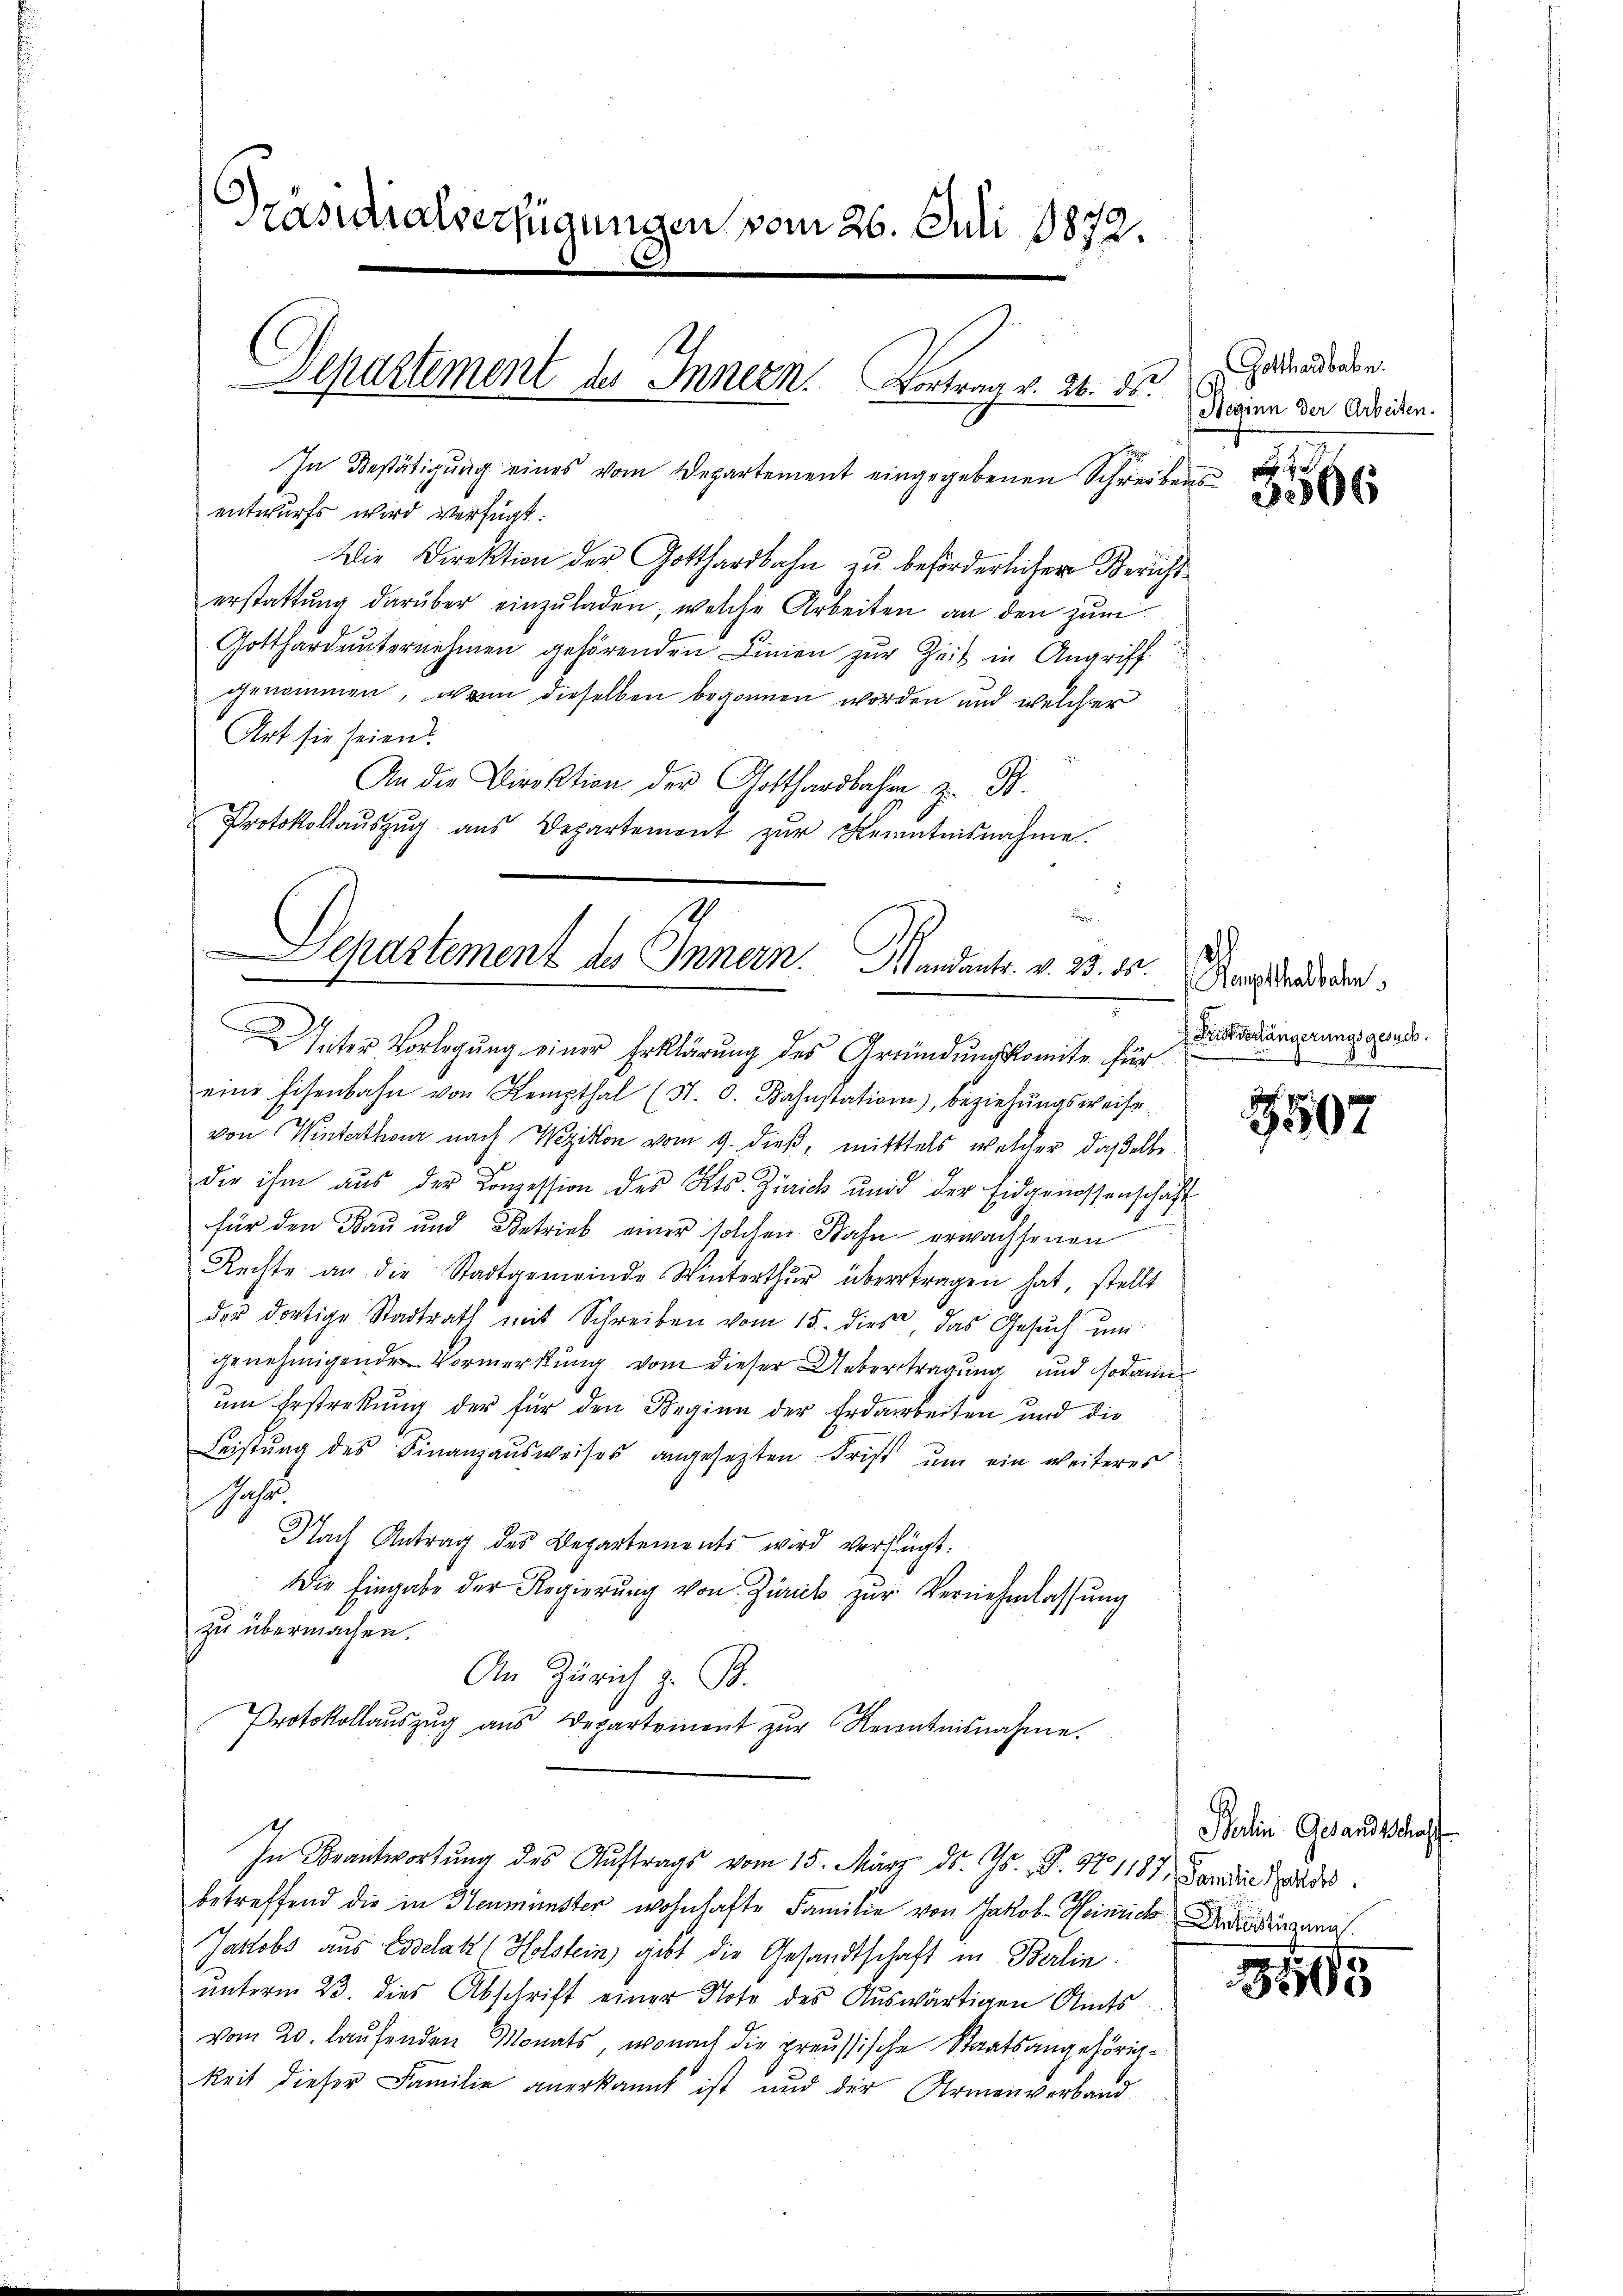
Präsidialverfügungen vom 26. Juli 1872.
In Bestätigung eines vom Departement eingegebenen Schreibens
entwurfs wird verfügt:
Die Direktion der Gotthardbahn zu beförderlicher Bericht
erstattŭng darüber einzŭladen, welche Arbeiten an den zum

1
Departement des Innern. Vortrag v. 26. ds. Meinen der Adsiden.

Gotthard unternehmen gehörenden Linien zur Zeit in Angriff
genommen, wenn dieselben begonnen worden und welcher
Art sie seien
An die Direktion der Gotthardbahn z. B.
Protokollaŭszŭg aŭs Departement zŭr Kenntnisnahme.

s
dehei
Departement des Innern. Mandants. v. 233. 4. D
Inter Vorlegung einer Erklärung des Gründungskomite für

eine Eisenbahn von Kempthal (N. O. Bahnstation), beziehŭngsweise
von Winterthur nach Wezikon vom 9. dieß, mittels welcher daßelbe
die ihm aŭs der Komession des Kts. Zürich und der Eidgenossenschaft
für den Bau und Betrieb einer solchen Bahn erwachsenen
Rechte an die Stadtgemeinde Winterthur übertragen hat, stellt
der dortige Stadtrath mit Schreiben vom 15. dies, das Gesŭch ŭm
genehmigenden Vormerkung vom dieser Uebertragung und sodann
um Erstreckung der für den Beginn der Erdarbeiten und die
Leistŭng des Finanzausweises angesetzten Frist um ein weiteres
Jahr.
Nach Antrag des Departements wird verfügt.
Die Eingabe der Regierŭng von Zürich zŭr Vernehmlassŭng
zu übermachen.
An Zürich z. B.
Protokollaŭszŭg ans Departement zŭr Kenntnisnahme.
In Beantwortung des Auftrags vom 15. März ds. Gs. B. No 1187. Landinandes.
betreffend die in Heumünster wohnhafte Familie von Jakob Heinrich Fristiannah
Jastobs aus Collatt Holstein, gibt die Gesandtschaft in Berlin.
unterm 23. dies Abschrift einer Note des Auswärtigen Amts
vom 20. laufenden Monats, wonach die preussische Staatsangehörigkeit dieser Familie anerkannt ist und der Armenverband

Gotthardbahn.

Kemptthalbahn
 Fristverlängerungsgesuch.

3507

Berlin Gesandtschaft

3805